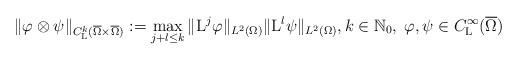
LaTeX: \begin{align*}\|\varphi\otimes\psi\|_{C^{k}_{{\rm L}}(\overline{\Omega}\times \overline{\Omega})}:=\max_{j+l\leq k}\|{\rm L}^{j}\varphi\|_{L^2(\Omega)}\|{\rm L}^{l}\psi\|_{L^2(\Omega)}, k\in\mathbb N_0,\; \varphi, \psi\in C_{{\rm L}}^{\infty}(\overline{\Omega})\end{align*}